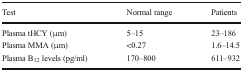
<table><thead><tr><td><b>Test</b></td><td><b>Normal range</b></td><td><b>Patients</b></td></tr></thead><tbody><tr><td>Plasma tHCY (μm)</td><td>5–15</td><td>23–186</td></tr><tr><td>Plasma MMA (μm)</td><td>&lt;0.27</td><td>1.6–14.5</td></tr><tr><td>Plasma B<sub>12</sub> levels (pg/ml)</td><td>170–800</td><td>611–932</td></tr></tbody></table>